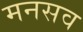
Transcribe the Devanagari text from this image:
मनसव